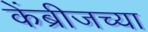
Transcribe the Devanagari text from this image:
केंब्रीजच्या